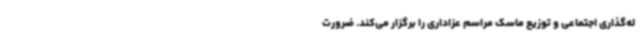
له‌گذاری اجتماعی و توزیع ماسک مراسم عزاداری را برگزار می‌کند. ضرورت